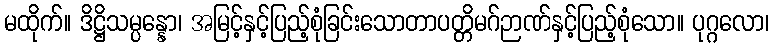
မထိုက်။ ဒိဋ္ဌိသမ္ပန္နော၊ အမြင့်နှင့်ပြည့်စုံခြင်းသောတာပတ္တိမဂ်ဉာဏ်နှင့်ပြည့်စုံသော။ ပုဂ္ဂလော၊